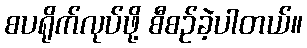
စပရိုက်လုပ်ဖို့ စီစဉ်ခဲ့ပါတယ်။